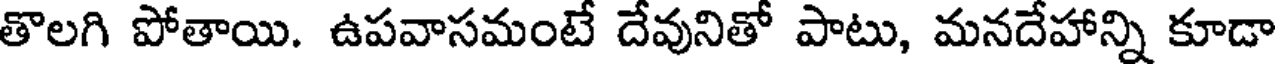
తొలగి పోతాయి. ఉపవాసమంటే దేవునితో పాటు, మనదేహాన్ని కూడా